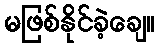
မဖြစ်နိုင်ခဲ့ချေ။